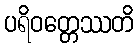
ပရိဝတ္တေဿတိ